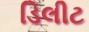
ડિલીટ